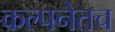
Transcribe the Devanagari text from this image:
कल्पनेतच